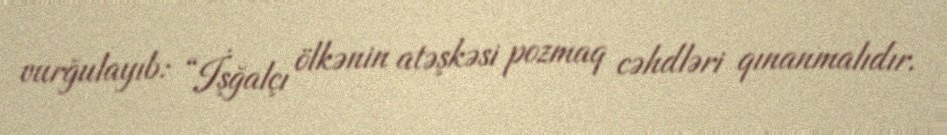
vurğulayıb: “İşğalçı ölkənin atəşkəsi pozmaq cəhdləri qınanmalıdır.